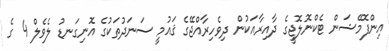
އިންފޮމޭޝަން ޓެކްނޮލޮޖީގެ ދާއިރާއަކުން ދިވެހިރާއްޖޭގެ ޤައުމީ ސަނަދުތަކުގެ އޮނިގަނޑު ލެވެލް 4 ގެ